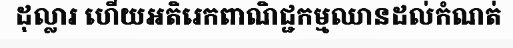
ដុល្លារ ហើយអតិរេកពាណិជ្ជកម្មឈានដល់កំណត់